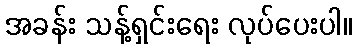
အခန်း သန့်ရှင်းရေး လုပ်ပေးပါ။